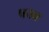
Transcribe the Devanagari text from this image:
पखा